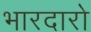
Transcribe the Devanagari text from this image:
भारदारो